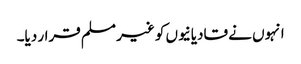
انہوں نے قادیانیوں کو غیر مسلم قرار دیا۔